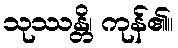
သုဿန္တိ၊ ကုန်၏။